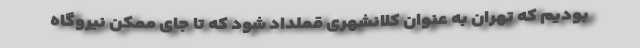
بودیم که تهران به عنوان کلانشهری قملداد شود که تا جای ممکن نیروگاه